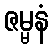
ဇမ္မနံ